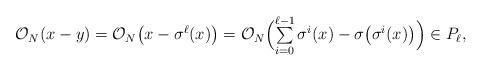
LaTeX: \begin{align*} \mathcal{O}_N(x-y)=\mathcal{O}_N\bigl(x-\sigma^\ell(x)\bigr)=\mathcal{O}_N\Bigl(\textstyle\sum\limits_{i=0}^{\ell-1} \sigma^i(x)-\sigma\bigl(\sigma^i(x)\bigr)\Bigr)\in P_\ell, \end{align*}